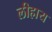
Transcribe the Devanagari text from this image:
लीहाय